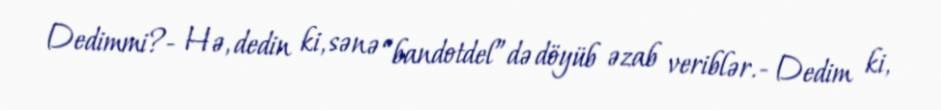
Dedimmi?- Hə, dedin ki, sənə “bandotdel”də döyüb əzab veriblər.- Dedim ki,